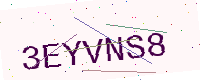
Text: 3EYVNS8